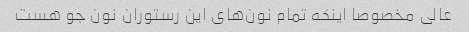
عالی مخصوصا اینکه تمام نون‌های این رستوران نون جو هست